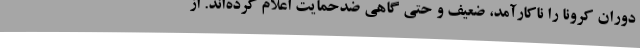
دوران کرونا را ناکارآمد، ضعیف و حتی گاهی ضدحمایت اعلام کرده‌اند. از